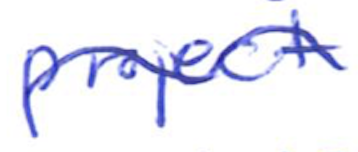
Text: project
Cross-out: wave
Writing tool: ballpoint